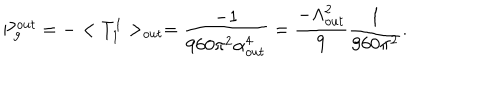
P _ { g } ^ { o u t } = - < T _ { 1 } ^ { 1 } > _ { o u t } = \frac { - 1 } { 9 6 0 \pi ^ { 2 } \alpha _ { o u t } ^ { 4 } } = \frac { - \Lambda _ { o u t } ^ { 2 } } { 9 } \frac { 1 } { 9 6 0 \pi ^ { 2 } } .